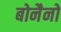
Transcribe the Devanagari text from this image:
बोनैनो